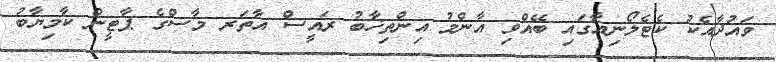
ވައުދާއެކު ކެޓެލޯނިއާގައި ބޭއްވި އާންމު އިންތިޚާބު ރައީސް އާތަރ މާސްގެ ޕާޓީން ކާމިޔާބު